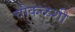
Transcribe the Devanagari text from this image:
चौकळशी